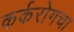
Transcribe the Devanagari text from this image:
कर्करोगचा